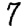
Digit: 7